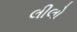
લીલો